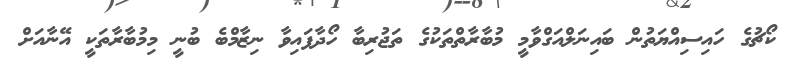
ކޯޗުގެ ހައިސިއްޔަތުން ބައިނަލްއަގްވާމީ މުބާރާތްތަކުގެ ތަޖުރިބާ ހޯދާފައިވާ ނިޒާމްބެ ބުނީ މިމުބާރާތަކީ އޭނާއަށް